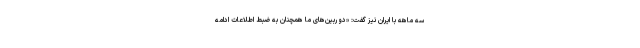
سه ماهه با ایران نیز گفت: «دوربین‌های ما همچنان به ضبط اطلاعات ادامه